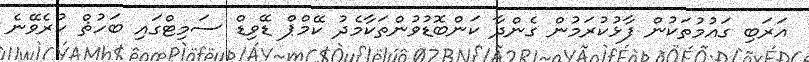
އަރަބި ގައުމުތަކުން ފާޅުކުރަމުން ގެންދާ ކަންބޮޑުވުންތަކާމެދު ކޭމްޕް ޑޭވިޑް ސަމިޓްގައި ބަހުޘް ކުރެވޭނެ